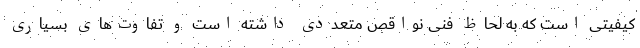
‌کیفیتی است که به لحاظ فنی نواقص متعددی داشته است و تفاوت‌های بسیاری